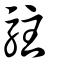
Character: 駐